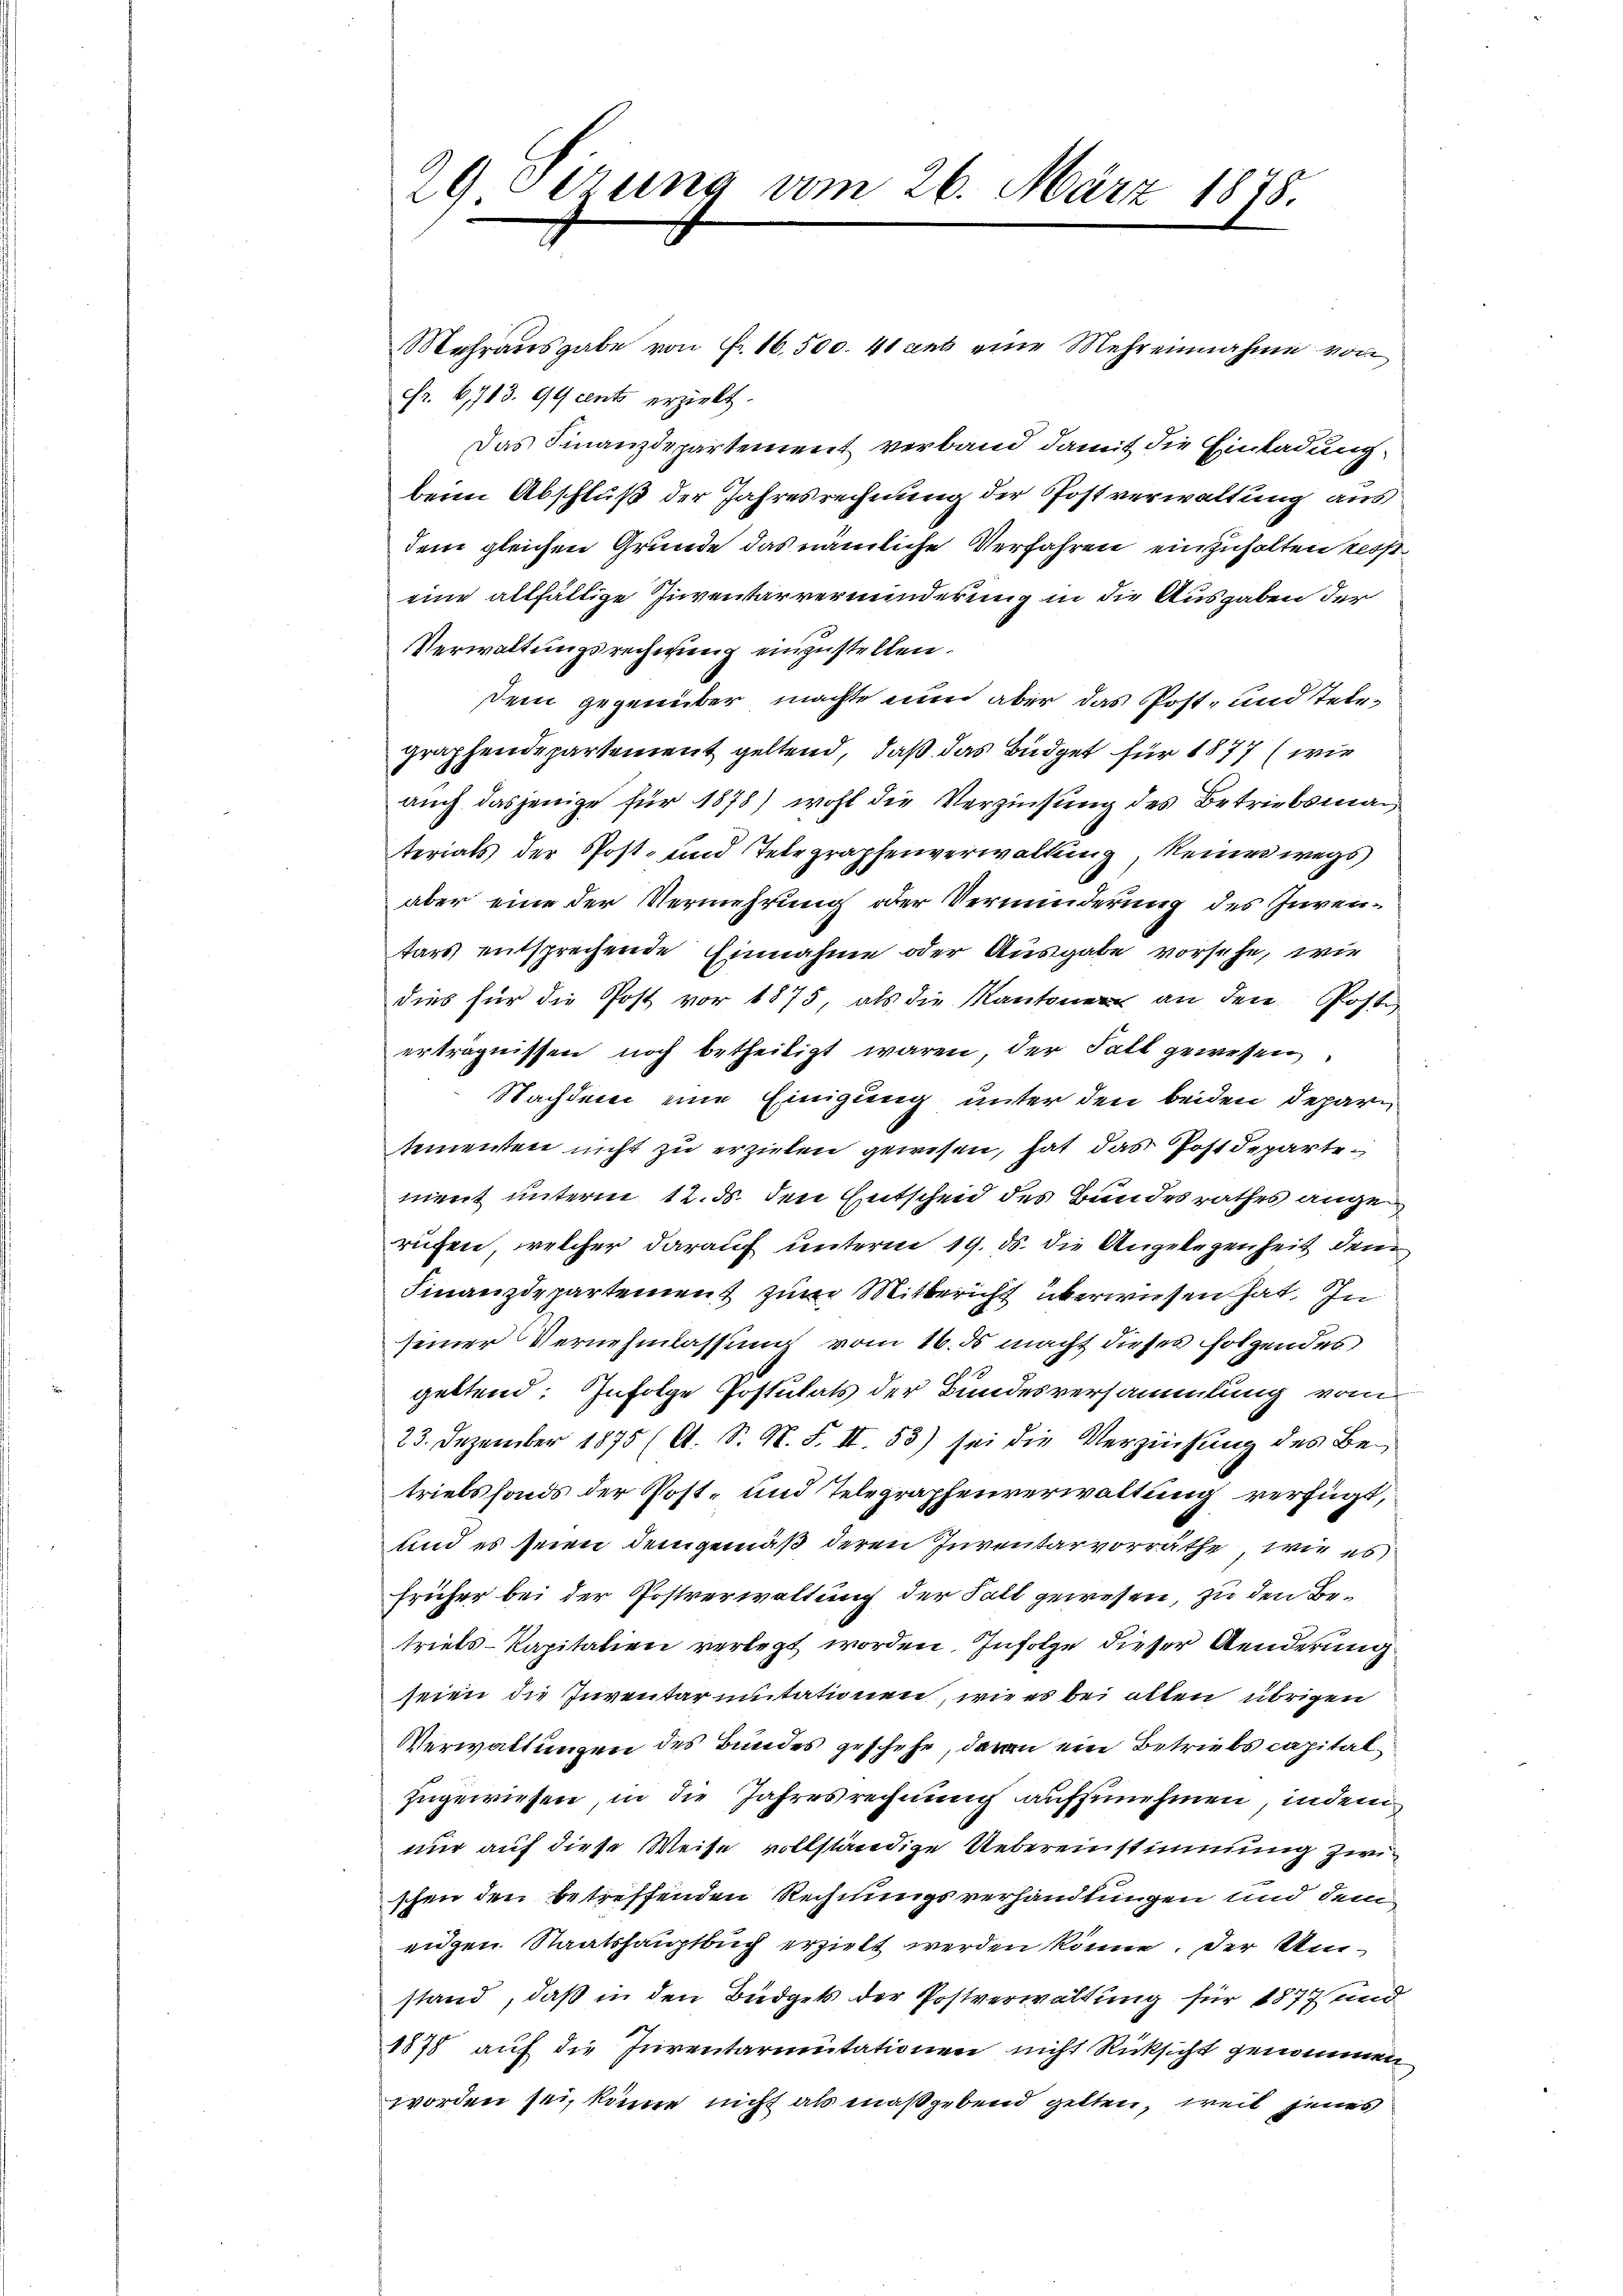
Mehrausgabe von Fr. 16,500. 41 cet eine Mehreinnahme von
Fr. 6713. 99 cents erzielt.
Das Finanzdepartement verband damit die Einladung
beim Abschluß der Jahresrechnung der Postverwaltung aus
dem gleichen Grunde das nämliche Verfahren einzuhalten reiseine allfällige Inventarverminderung in die Ausgaben der
Verwaltungsrechnung einzustellen.
sein gegenüber machte nun aber das Post- und Telegraphendepartement geltend, daß das Büdget für 1877 (wie
auch dasjenige für 1878) wohl die Verzinsung des Betriebsmaterials der Post- und Telegraphenverwaltung, keiner wegs
aber eine der Vermehrung oder Verminderung des Inventars entsprechende Einnahme oder Ausgabe vorsehe, wie
dies für die Post vor 1875, als die Kantonen an den Poste
erträgnissen noch betheiligt waren, der Fall gewesen
Nachdem eine Einigung unter den beiden Deparitementen nicht zu erziehen gewesen, hat das Postdepartement unterm 12. ds. den Entscheid des Bundesrathes angen
rufen, welcher darauf unterm 19. ds. die Angelegenheit den
Finanzdepartement zum Mitbericht überwiesen hat. In
seiner Vernehmlassung vom 16. ds macht dieses folgendes
geltend: Infolge Postulats der Bundesversammlung vom
23. Dezember 1875 (A. S. N. F. II 53) sei die Verziehung des Betrielsfonds der Post- und Telegraphenverwaltung verfügt,
und es seien demgemäß deren Inventarvorräthe, wie es
früher bei der Postverwaltung der Fall gewesen, zu den Betriebs-Kapitalien verlegt worden. Infolge dieser Aenderung
seien die Inventar unitationen, wie es bei allen übrigen
Verwaltungen des Bundes geschehe, davon ein Betriebs capitalzugewiesen, in die Jahresrechnung aufzunehmen, indem
nur auf diese Weise vollständige Uebereinstimmung zwischen den betreffenden Rechnungsverhandlungen und dem
eigen Staatshauptbuch erzielt werden könne. Der Umstand, daß in den Büdgets der Postverwaltung für 1877 und
1878 auf die Inventarimitationen nicht Rücksicht genommen
worden sei, könne nicht als maßgebend gelten, weil jenes

29 Sizung vom 26. März 1878.
x